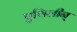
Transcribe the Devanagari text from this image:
एथिलीन्‌